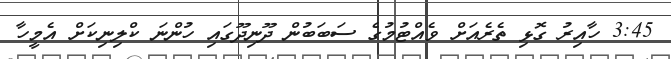
3:45 ހާއިރު ގޮޅި ތެރެއަށް ވެއްޓުމުގެ ސަބަބުން ދޫނިދޫގައި ހުންނަ ކްލިނިކަށް އެމީހާ